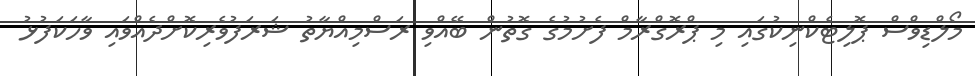
މޯލްޑިވްސް ޕޮލިޓެކްނިކުގައި މި ޕްރޮގްރާމް ފެށުމުގެ ގޮތުން ބޭއްވި ރަސްމިއްޔާތު ޝަރަފުވެރިކޮށްދެއްވައި ވާހަކަފުޅު